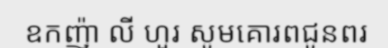
ឧកញ៉ា លី ហួរ សូមគោរពជូនពរ